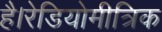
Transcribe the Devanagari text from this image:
है।रेडियोमीत्रिक